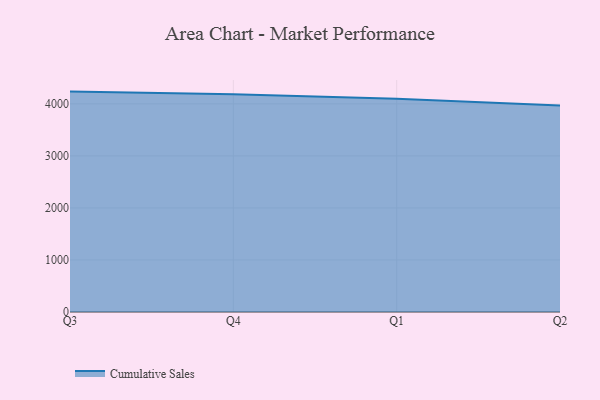
{"axis": {"x": "Quarter", "y": "Conversion Rate (%)"}, "legend": ["Cumulative Sales"], "data": [{"x": "Q3", "y": 4236.0, "type": "Cumulative Sales"}, {"x": "Q4", "y": 4187.4, "type": "Cumulative Sales"}, {"x": "Q1", "y": 4099.4, "type": "Cumulative Sales"}, {"x": "Q2", "y": 3968.5, "type": "Cumulative Sales"}]}